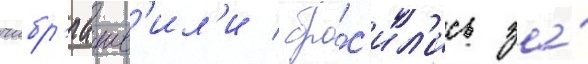
чибр'иашв'ил'и / бро́с'ил'ись за́